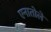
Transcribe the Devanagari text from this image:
एनातोले